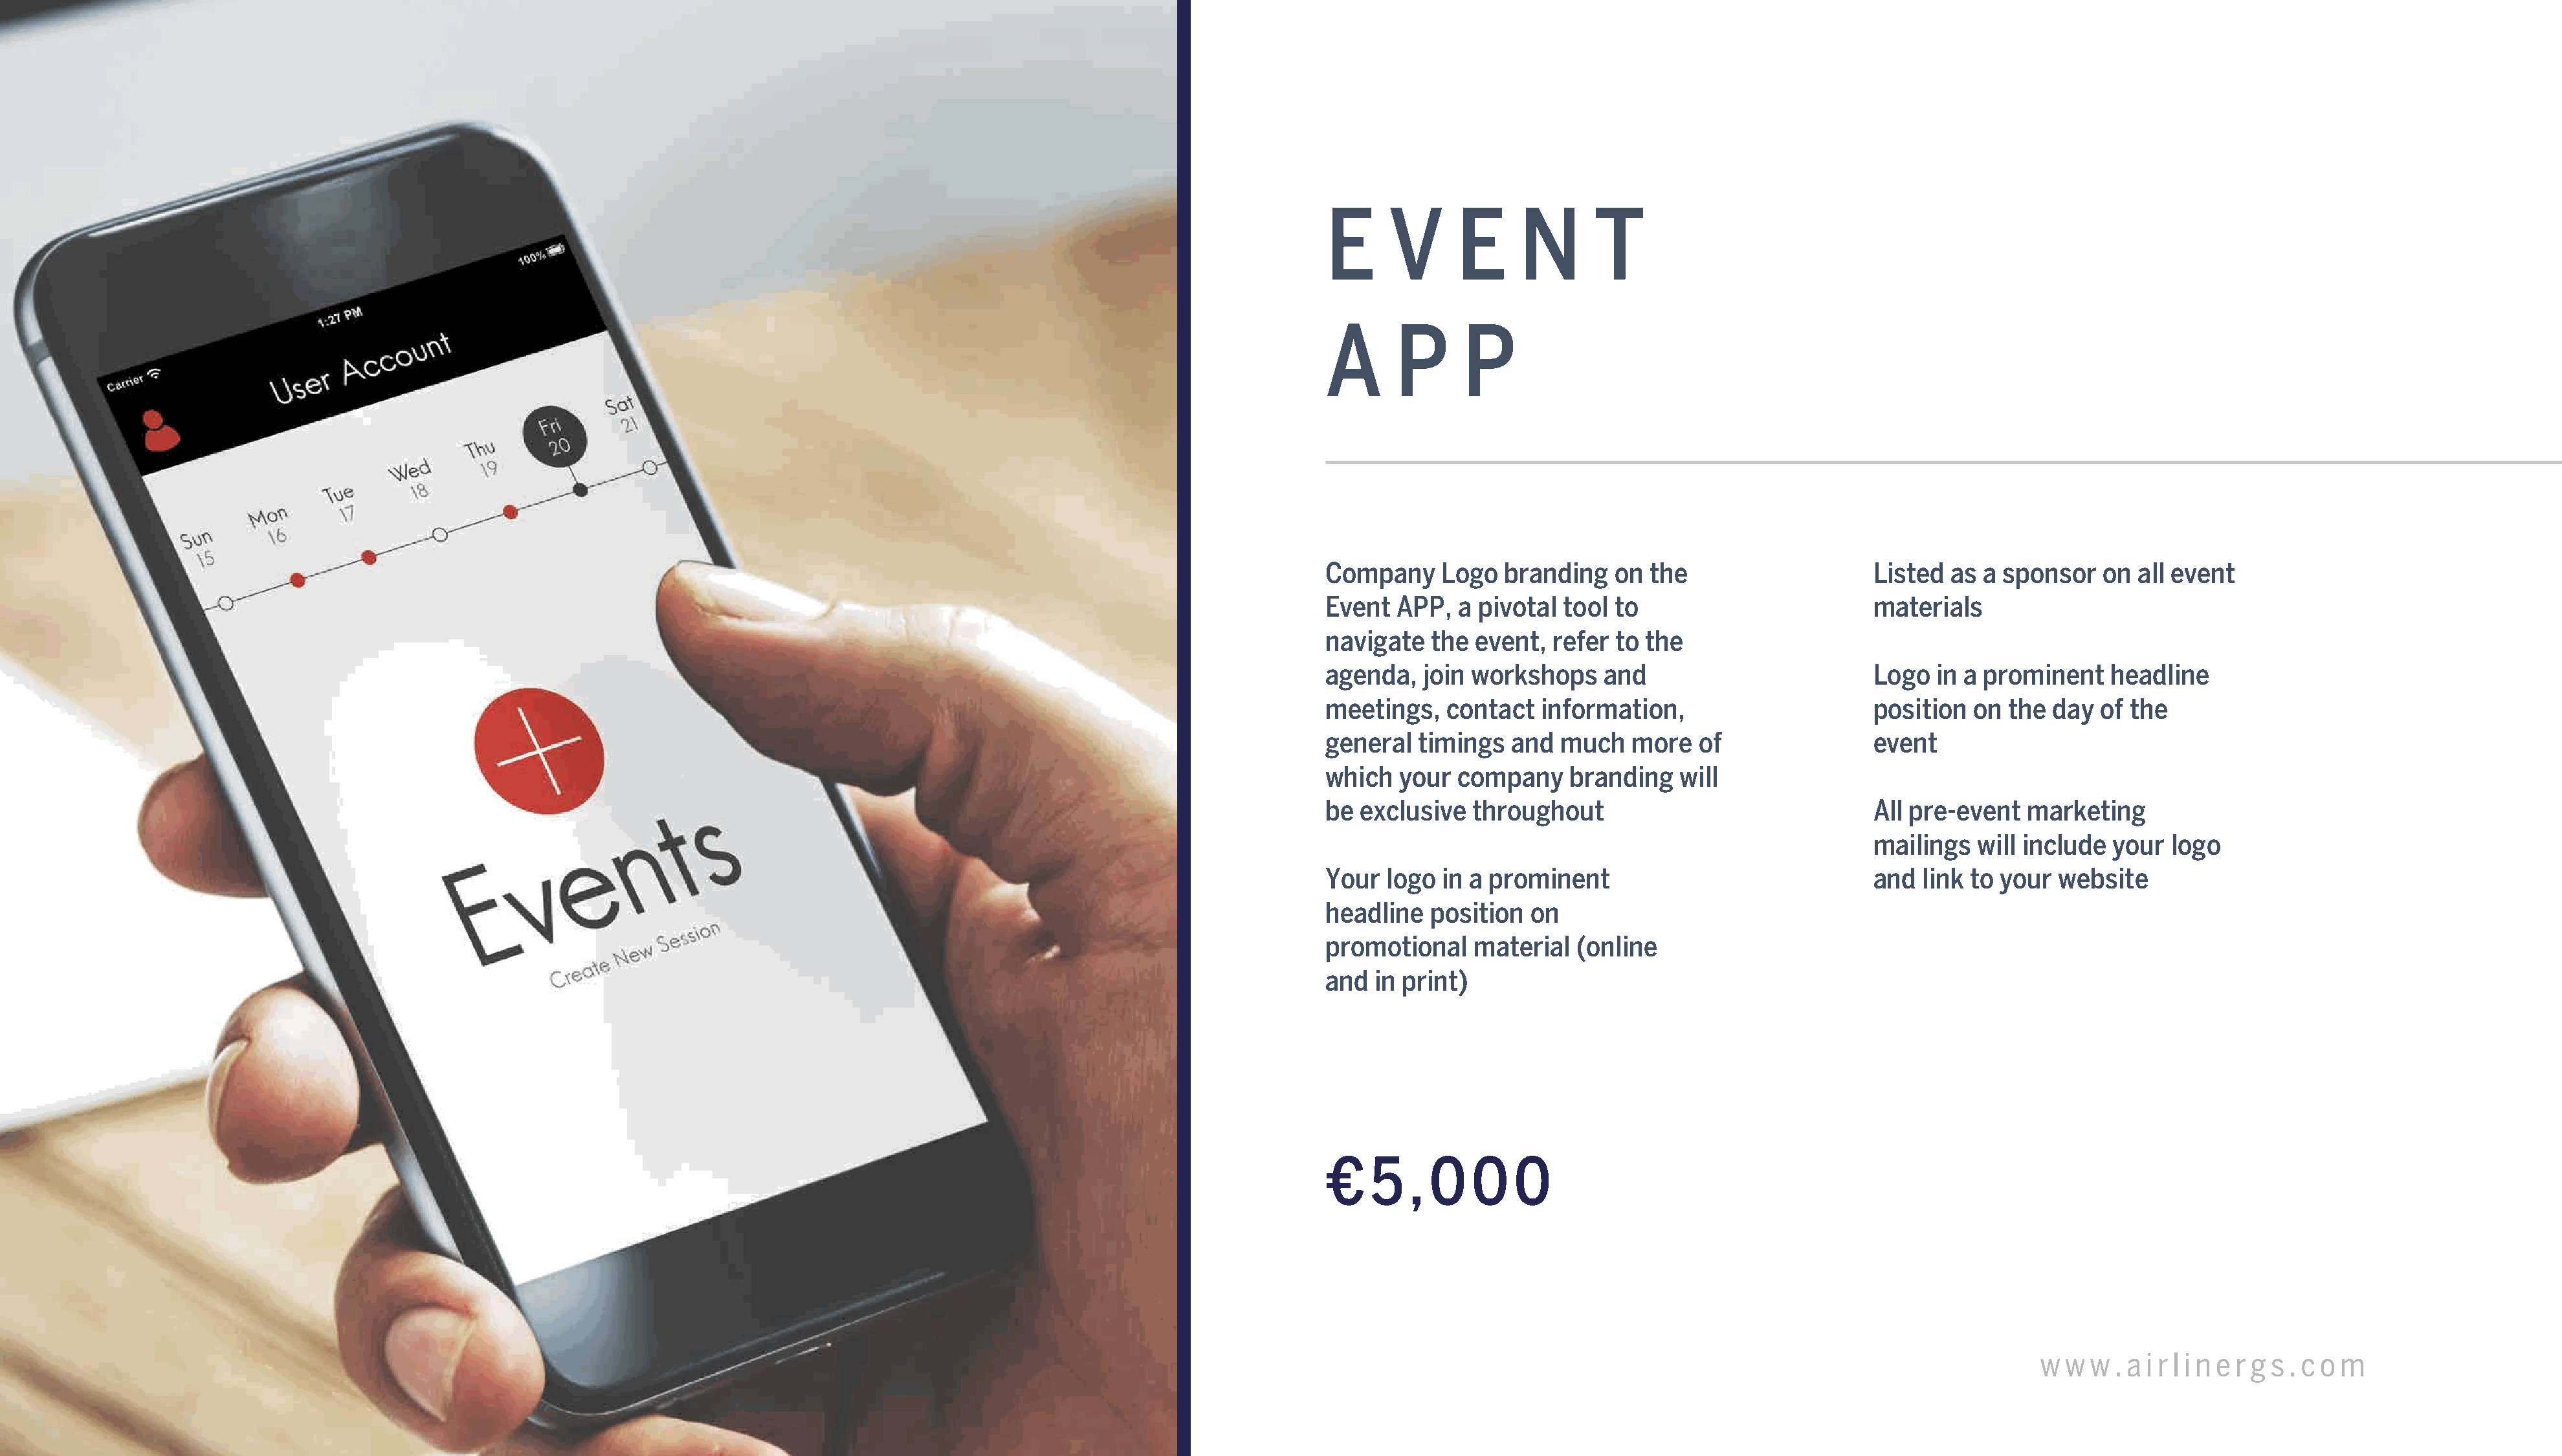
E     V      E     N       T
 A      P      P
 Company    Logo   branding   on  the                    Listed  as a sponsor   on  all event
 Event  APP,  a pivotal  tool to                         materials
 navigate  the  event,  refer to the
 agenda,   join workshops    and                         Logo  in a prominent    headline
 meetings,   contact   information,                      position  on the  day  of the
 general  timings   and  much   more   of                event
 which  your  company     branding   will
 be exclusive   throughout                               All pre-event  marketing
 mailings  will include  your  logo
 Your  logo  in a prominent                              and  link to your  website
 headline  position   on
 promotional    material  (online
 and  in print)
 €   5   , 0    0   0
 AGS    Global    Networking        Summit      2022                                                                                                                                          w w  w . a i r l i n e r g s . c o m